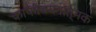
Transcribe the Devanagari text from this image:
काफीचयनात्मक